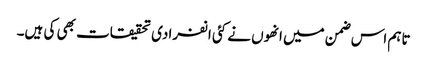
تاہم اس ضمن میں انھوں نے کئی انفرادی تحقیقات بھی کی ہیں۔